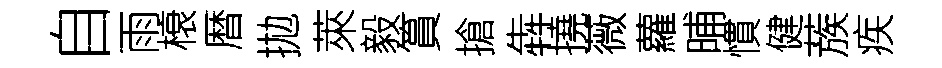
自雨榱暦拋萊毅篔搶犇撓薇蘿晡慣健蔟疾